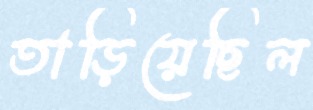
তাড়িয়েছিল